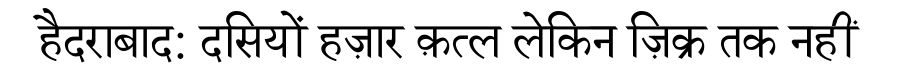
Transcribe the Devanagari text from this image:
हैदराबाद: दसियों हज़ार क़त्ल लेकिन ज़िक्र तक नहीं